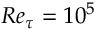
R e _ { \tau } = 1 0 ^ { 5 }